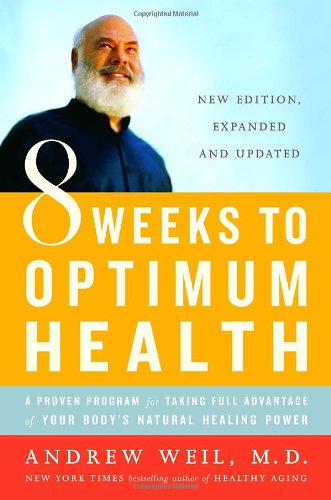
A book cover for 8 Weeks to Optimum Health: A Proven Program for Taking Full Advantage of Your Body's Natural Healing Power; Andrew Weil; Health, Fitness & Dieting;